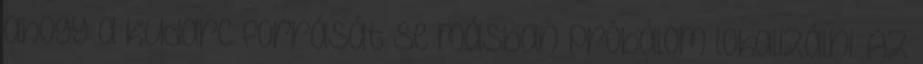
ahogy a kudarc forrását se másban próbálom lokalizálni. Az